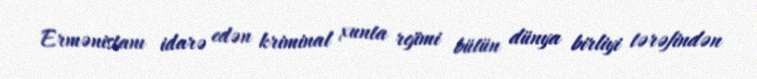
Ermənistanı idarə edən kriminal xunta rejimi bütün dünya birliyi tərəfindən